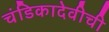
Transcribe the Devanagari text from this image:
चंडिकादेवीची